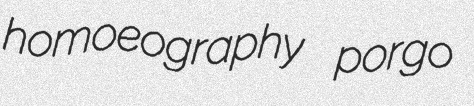
homoeography porgo